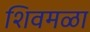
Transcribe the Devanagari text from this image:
शिवमळा